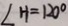
\angle H = 1 2 0 ^ { \circ }